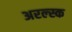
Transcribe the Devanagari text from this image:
अरल्स्क